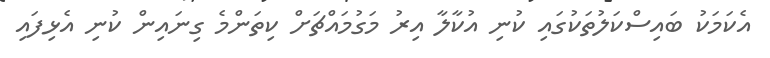
އެކަމަކު ބައިސްކަލުތަކުގައި ކުނި އުކާލާ އިރު މަގުމައްޗަށް ކިތަންމެ ގިނައިން ކުނި އެޅިފައި